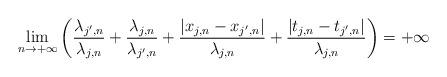
LaTeX: \begin{align*} \lim_{n \rightarrow +\infty} \left( \frac{\lambda_{j',n}}{\lambda_{j,n}}+ \frac{\lambda_{j,n}}{\lambda_{j',n}} + \frac{|x_{j,n} - x_{j',n}|}{\lambda_{j,n}}+\frac{|t_{j,n} - t_{j',n}|}{\lambda_{j,n}}\right) = + \infty\end{align*}